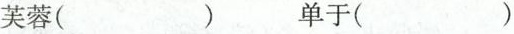
芙蓉( ) 单于( )